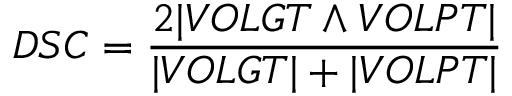
D S C = \frac { 2 | V O L G T \land V O L P T | } { | V O L G T | + | V O L P T | }